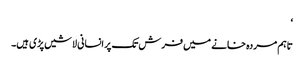
‘
تاہم مردہ خانے میں فرش تک پر انسانی لاشیں پڑی ہیں۔